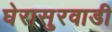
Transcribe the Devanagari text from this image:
घेरासुरवाडी